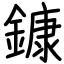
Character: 鏮